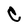
Character: C